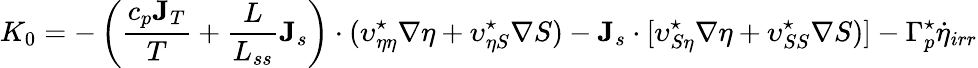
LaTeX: K_{0}=-\left(\frac{c_{p}{\mathbf J}_{T}}{T}+\frac{L}{L_{ss}}{\mathbf J}_{s}\right)\cdot(\upsilon_{\eta\eta}^{\star}\nabla\eta+\upsilon_{\eta S}^{\star}\nabla S)-{\mathbf J}_{s}\cdot[\upsilon_{S\eta}^{\star}\nabla\eta+\upsilon_{SS}^{\star}\nabla S)]-\Gamma_{p}^{\star}\dot{\eta}_{irr}